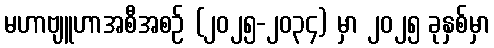
မဟာဗျူဟာအစီအစဉ် (၂၀၂၅-၂၀၃၄) မှာ ၂၀၂၅ ခုနှစ်မှာ